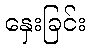
နှေးခြင်း